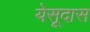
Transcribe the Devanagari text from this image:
येसूदास